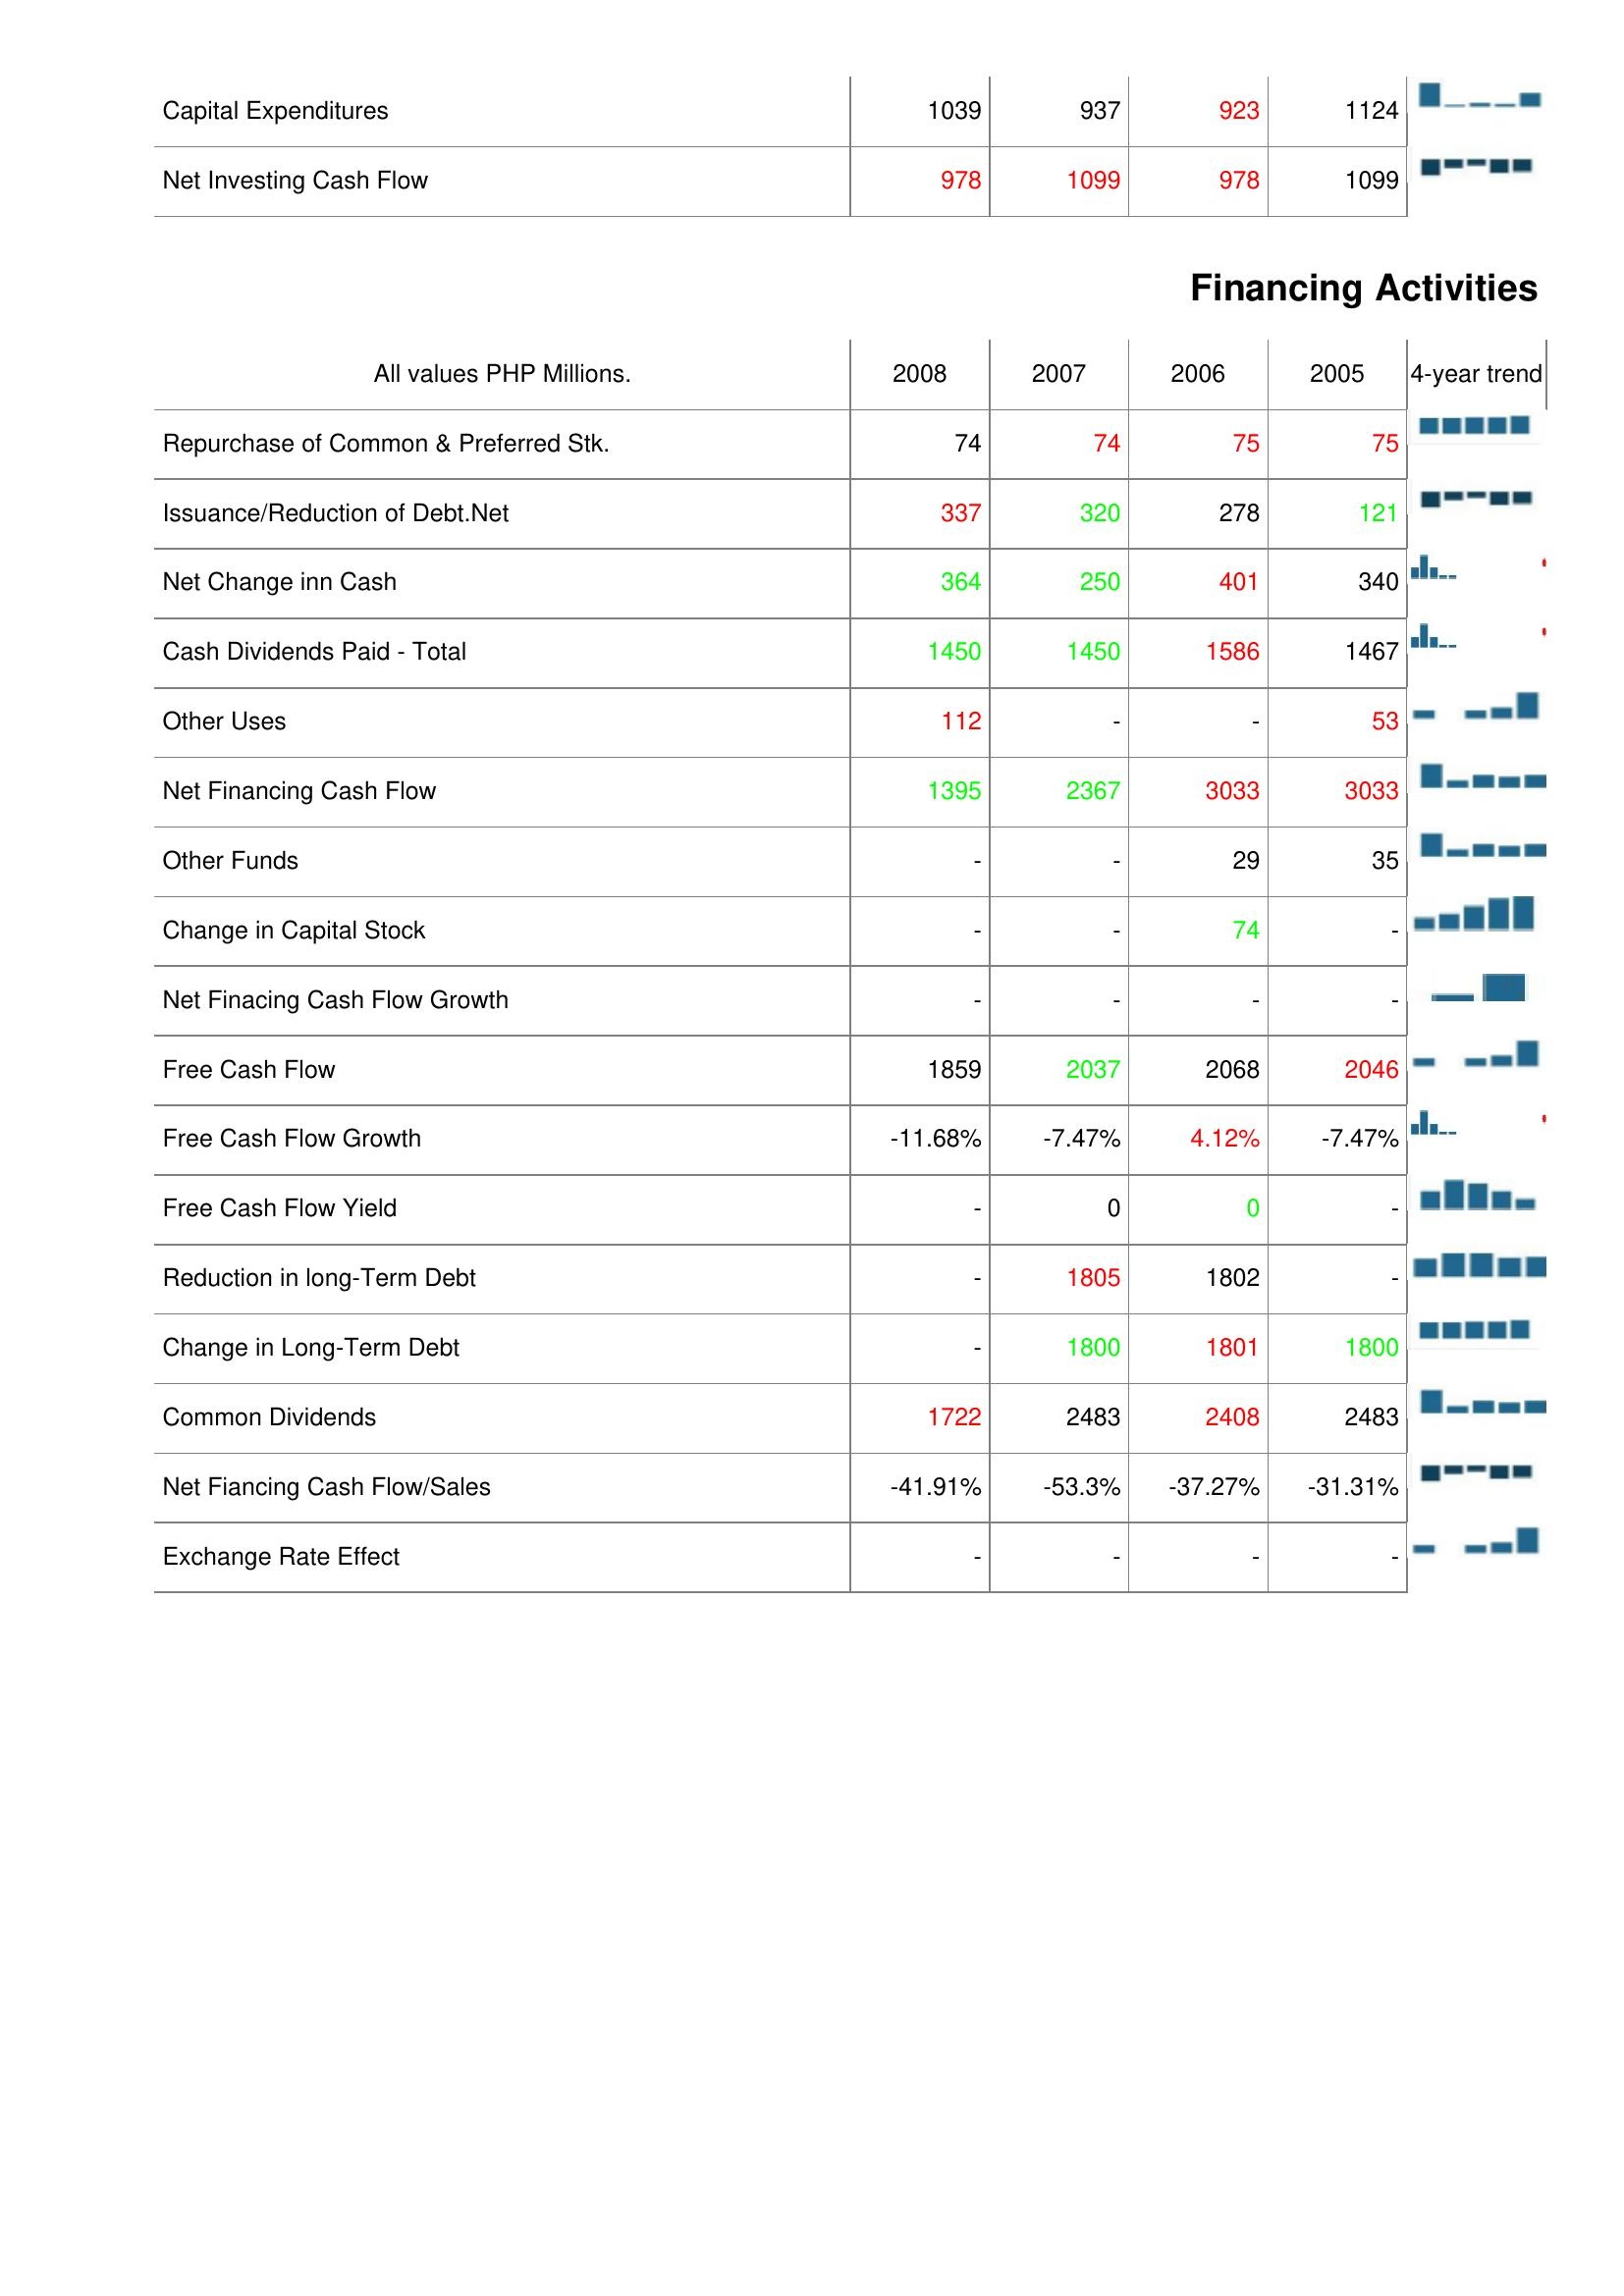
2008: Investing Activities: Capital Expenditures: 1039
Net Investing Cash Flow: 978
Financing Activities: Repurchase of Common & Preferred Stk.: 74
Issuance/Reduction of Debt.Net: 337
Net Change inn Cash: 364
Cash Dividends Paid - Total: 1450
Other Uses: 112
Net Financing Cash Flow: 1395
Other Funds: -
Change in Capital Stock: -
Net Finacing Cash Flow Growth: -
Free Cash Flow: 1859
Free Cash Flow Growth: -11.68%
Free Cash Flow Yield: -
Reduction in long-Term Debt: -
Change in Long-Term Debt: -
Common Dividends: 1722
Net Fiancing Cash Flow/Sales: -41.91%
Exchange Rate Effect: -
2007: Investing Activities: Capital Expenditures: 937
Net Investing Cash Flow: 1099
Financing Activities: Repurchase of Common & Preferred Stk.: 74
Issuance/Reduction of Debt.Net: 320
Net Change inn Cash: 250
Cash Dividends Paid - Total: 1450
Other Uses: -
Net Financing Cash Flow: 2367
Other Funds: -
Change in Capital Stock: -
Net Finacing Cash Flow Growth: -
Free Cash Flow: 2037
Free Cash Flow Growth: -7.47%
Free Cash Flow Yield: 0
Reduction in long-Term Debt: 1805
Change in Long-Term Debt: 1800
Common Dividends: 2483
Net Fiancing Cash Flow/Sales: -53.3%
Exchange Rate Effect: -
2006: Investing Activities: Capital Expenditures: 923
Net Investing Cash Flow: 978
Financing Activities: Repurchase of Common & Preferred Stk.: 75
Issuance/Reduction of Debt.Net: 278
Net Change inn Cash: 401
Cash Dividends Paid - Total: 1586
Other Uses: -
Net Financing Cash Flow: 3033
Other Funds: 29
Change in Capital Stock: 74
Net Finacing Cash Flow Growth: -
Free Cash Flow: 2068
Free Cash Flow Growth: 4.12%
Free Cash Flow Yield: 0
Reduction in long-Term Debt: 1802
Change in Long-Term Debt: 1801
Common Dividends: 2408
Net Fiancing Cash Flow/Sales: -37.27%
Exchange Rate Effect: -
2005: Investing Activities: Capital Expenditures: 1124
Net Investing Cash Flow: 1099
Financing Activities: Repurchase of Common & Preferred Stk.: 75
Issuance/Reduction of Debt.Net: 121
Net Change inn Cash: 340
Cash Dividends Paid - Total: 1467
Other Uses: 53
Net Financing Cash Flow: 3033
Other Funds: 35
Change in Capital Stock: -
Net Finacing Cash Flow Growth: -
Free Cash Flow: 2046
Free Cash Flow Growth: -7.47%
Free Cash Flow Yield: -
Reduction in long-Term Debt: -
Change in Long-Term Debt: 1800
Common Dividends: 2483
Net Fiancing Cash Flow/Sales: -31.31%
Exchange Rate Effect: -